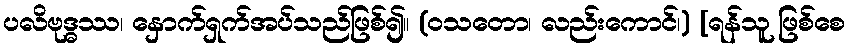
ပလိဗုဒ္ဓဿ၊ နှောက်ရှက်အပ်သည်ဖြစ်၍။ (ဝသတော၊ လည်းကောင်၊) [ရန်သူ ဖြစ်စေ